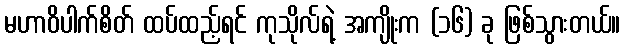
မဟာဝိပါက်စိတ် ထပ်ထည့်ရင် ကုသိုလ်ရဲ့ အကျိုးက (၁၆) ခု ဖြစ်သွားတယ်။